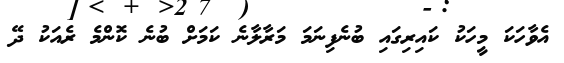
އެވާހަކަ މީހަކު ކައިރިގައި ބުނެފިނަމަ މަރާލާނެ ކަމަށް ބުނެ ކޮންމެ ރެއަކު ދޭ